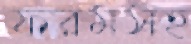
ফরমসহ